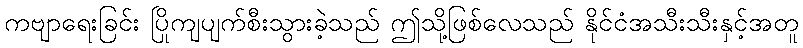
ကဗျာရေးခြင်း ပြိုကျပျက်စီးသွားခဲ့သည် ဤသို့ဖြစ်လေသည် နိုင်ငံအသီးသီးနှင့်အတူ